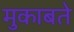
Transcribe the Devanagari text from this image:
मुकाबते